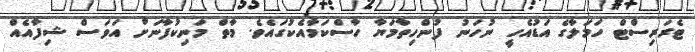
ޓެރަރިސްޓް ހަމަލާގެ އަޑުއެހީ ނުހަނު ފުންހިތާމަޔާ ހާސްކަމާއެކުގައެވެ. މާތް މަނިކުފާނަށް އަވަސް ޝިފާއެއް